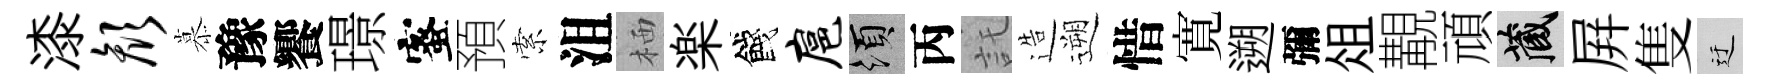
漆颜慕豫饗璟蜜預索沮栖楽餞扈須丙託造遡惜寛遡彌俎覯頑藏屛隻迂